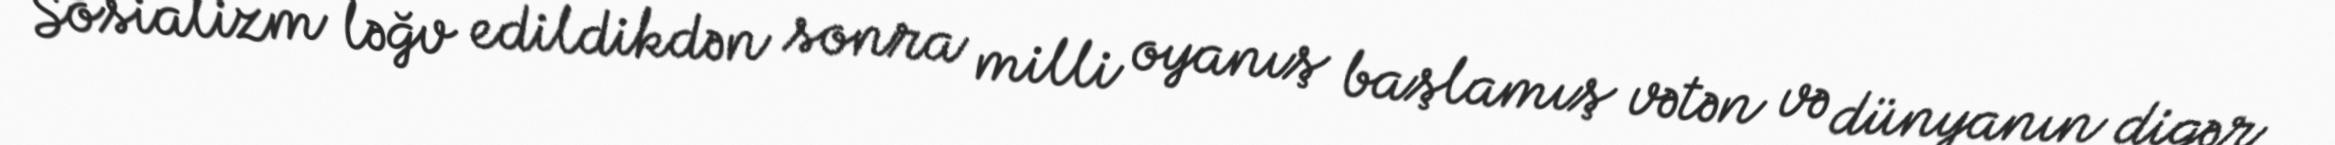
Sosializm ləğv edildikdən sonra milli oyanış başlamış vətən və dünyanın digər